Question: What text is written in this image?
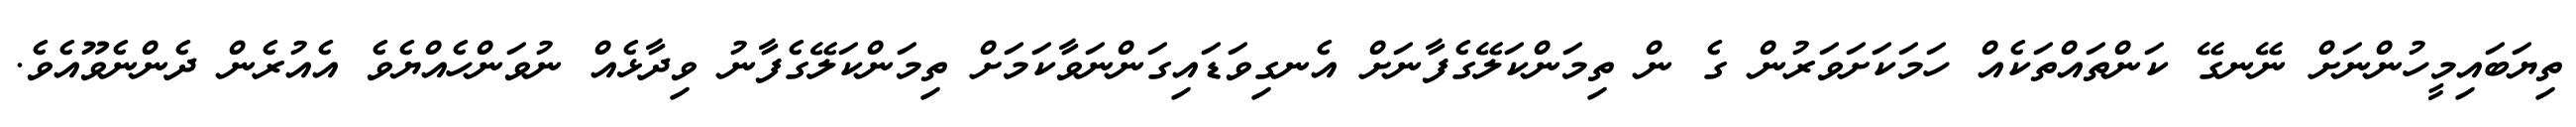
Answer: ތިޔަބައިމީހުންނަށް ނޭނގޭ ކަންތައްތަކެއް ހަމަކަށަވަރުން ގެ ން ތިމަންކަލޭގެފާނަށް އެނގިވަޑައިގަންނަވާކަމަށް ތިމަންކަލޭގެފާނު ވިދާޅެއް ނުވަންހެއްޔެވެ އެއުރެން ދެންނެވޫއެވެ.